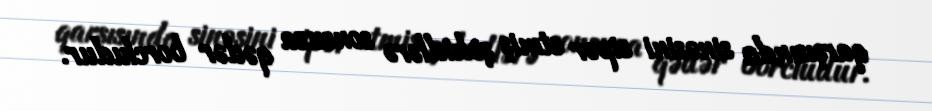
qarşısında sinəsini sipər etmiş şəhidlərə sonsuza qədər borcludur.